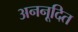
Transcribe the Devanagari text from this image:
अननूदित